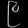
Digit: ၉